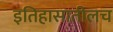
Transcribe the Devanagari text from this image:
इतिहासातीलच